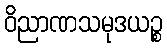
ဝိညာဏသမုဒယဉ္စ